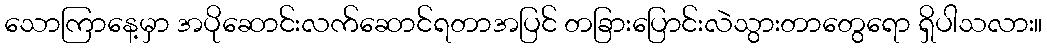
သောကြာနေ့မှာ အပိုဆောင်းလက်ဆောင်ရတာအပြင် တခြားပြောင်းလဲသွားတာတွေရော ရှိပါသလား။